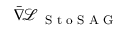
\ensuremath { \bar { \nabla } } \! \ensuremath { \mathcal { L } } _ { \textnormal { { S t o S A G } } }